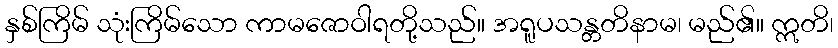
နှစ်ကြိမ် သုံးကြိမ်သော ကာမဇောဝါရတို့သည်။ အရူပသန္တတိနာမ၊ မည်၏။ ဣတိ၊